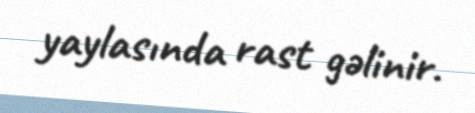
yaylasında rast gəlinir.